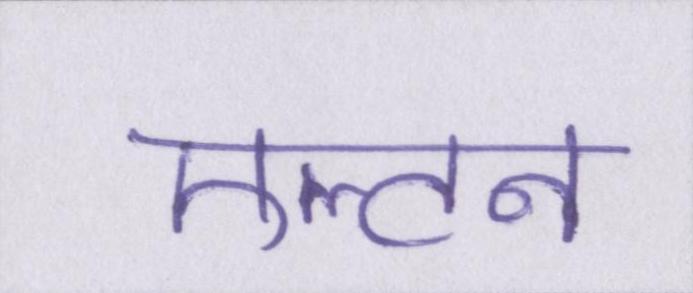
एल्टन